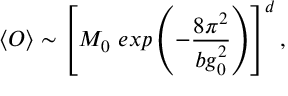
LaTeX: \langle O \rangle \sim \left[ M _ { 0 } \ e x p \left( - { \frac { 8 \pi ^ { 2 } } { b g _ { 0 } ^ { 2 } } } \right) \right] ^ { d } ,